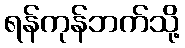
ရန်ကုန်ဘက်သို့